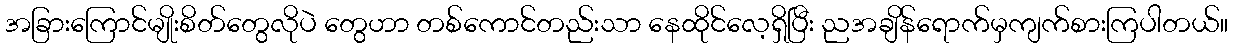
အခြားကြောင်မျိုးစိတ်တွေလိုပဲ တွေဟာ တစ်ကောင်တည်းသာ နေထိုင်လေ့ရှိပြီး ညအချိန်ရောက်မှကျက်စားကြပါတယ်။